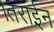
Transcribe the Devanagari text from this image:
।तराईन